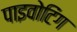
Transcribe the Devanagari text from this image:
पाइवोटिंग